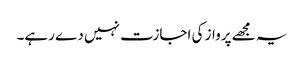
یہ مجھے پرواز کی اجازت نہیں دے رہے۔